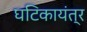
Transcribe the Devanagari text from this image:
घटिकायंत्र